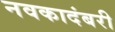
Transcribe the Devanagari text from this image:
नवकादंबरी